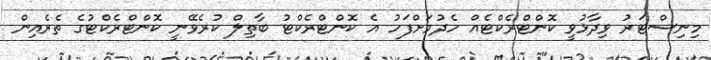
މިނިސްޓަރު ވިދާޅުވީ ކޮންޓްރެކްޓެއް ހެދުމަށްފަހު އެ ކޮންޓްރެކްޓު ބާތިލް ކުރެވޭނީ ކޮންޓްރެކްޓުގެ ތެރެއިން